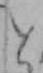
と